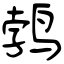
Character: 鹁